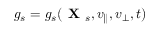
g _ { s } = g _ { s } ( \textbf { X } _ { s } , v _ { \parallel } , v _ { \perp } , t )